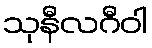
သုနီလဂီဝါ